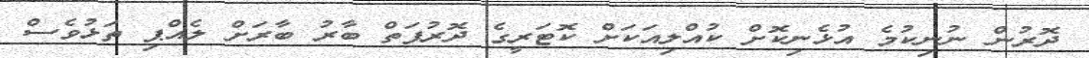
ދޮރުން ނުނިކުމެ އުޅެނިކޮށް ކުއްލިއަކަށް ކޮޓަރީގެ ދޮރުފަތް ބާރު ބާރަށް ލެއްޕި ތަޅުވެސް